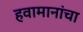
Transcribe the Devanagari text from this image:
हवामानांचा